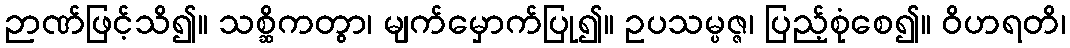
ဉာဏ်ဖြင့်သိ၍။ သစ္ဆိကတွာ၊ မျက်မှောက်ပြု၍။ ဥပသမ္ပဇ္ဇ၊ ပြည့်စုံစေ၍။ ဝိဟရတိ၊